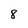
Character: 8